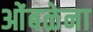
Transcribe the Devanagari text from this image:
ओंबळेना